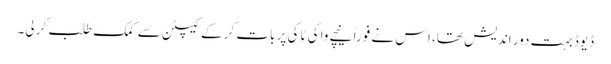
ڈیوڈ بہت دور اندیش تھا، اس نے فوراً نیچے واکی ٹاکی پر بات کر کے کیپٹن سے کمک طلب کر لی۔